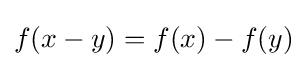
f(x-y)=f(x)-f(y)